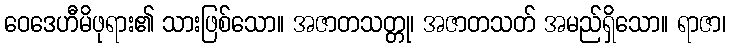
ဝေဒေဟီမိဖုရား၏ သားဖြစ်သော။ အဇာတသတ္တု၊ အဇာတသတ် အမည်ရှိသော။ ရာဇာ၊